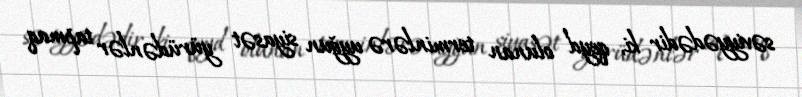
səviyyədədir ki, qeyd olunan terminlərə uyğun siyasət yürüdənlər tapmaq